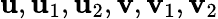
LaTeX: \mathbf{u},\mathbf{u}_{1},\mathbf{u}_{2},\mathbf{v},\mathbf{v}_{1},\mathbf{v}_{2}